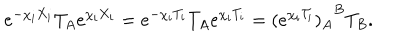
e ^ { - \chi _ { i } X _ { i } } T _ { A } e ^ { \chi _ { i } X _ { i } } = e ^ { - \chi _ { i } T _ { i } } T _ { A } e ^ { \chi _ { i } T _ { i } } = { ( e ^ { \chi _ { i } { \cal T } _ { i } } ) _ { A } } ^ { B } T _ { B } .